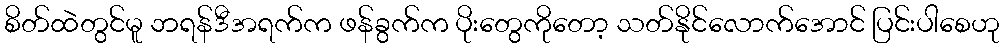
စိတ်ထဲတွင်မူ ဘရန်ဒီအရက်က ဖန်ခွက်က ပိုးတွေကိုတော့ သတ်နိုင်လောက်အောင် ပြင်းပါစေဟု